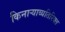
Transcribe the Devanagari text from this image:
किनाऱ्याव्यतिरिक्त